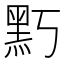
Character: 𪐚